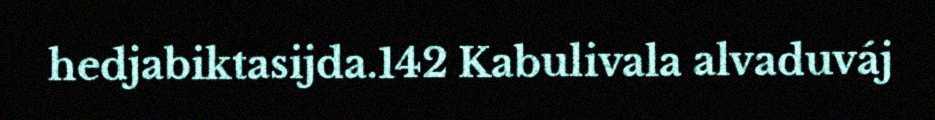
hedjabiktasijda.142 Kabulivala alvaduváj